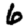
Digit: 6